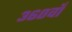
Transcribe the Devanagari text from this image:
३६०वाँ